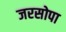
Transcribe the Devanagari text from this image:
जरसोपा